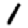
Digit: 1